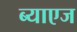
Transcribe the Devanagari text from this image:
ब्याएज